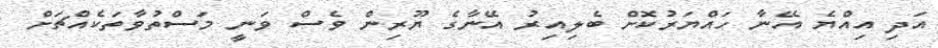
އަދި އިއްޔެ އޭނާ ހައްޔަރުކޮށް ބެލިއިރު އޭނާގެ ޔޫރިން ވެސް ވަނީ މަސްތުވާތަކެއްޗަށް